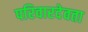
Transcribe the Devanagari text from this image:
परिवारदेवता